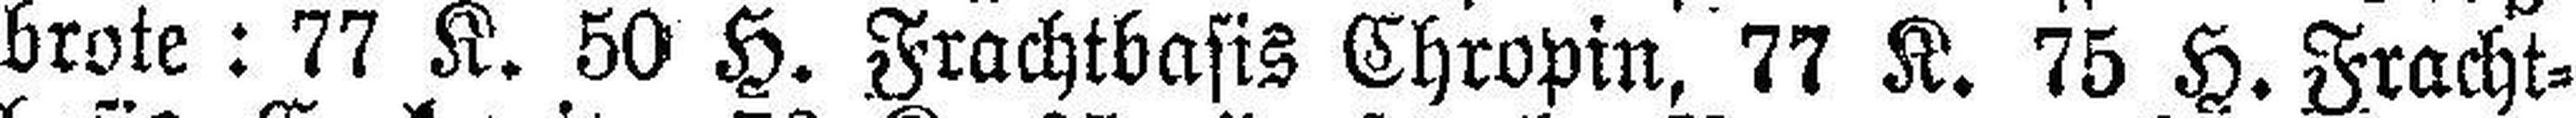
brote : 77 K. 50 H. Frachtbasis Chropin, 77 K. 75 H. Fracht¬